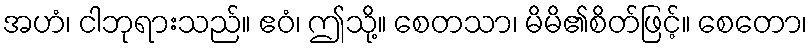
အဟံ၊ ငါဘုရားသည်။ ဧဝံ၊ ဤသို့။ စေတသာ၊ မိမိ၏စိတ်ဖြင့်။ စေတော၊